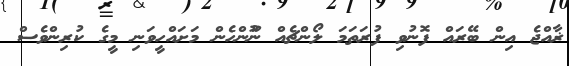
ޜާއްޖެ އިން ބޭރައް ފޮނުވި ފުރަތަމަ ލޯންޗެއް ނުޫންހެން މަށައްހީވަނި މީގެ ކުރިންވެސް